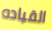
القياده